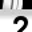
Digit: 2